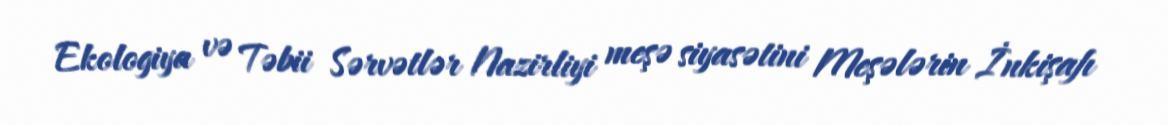
Ekologiya və Təbii Sərvətlər Nazirliyi meşə siyasətini Meşələrin İnkişafı